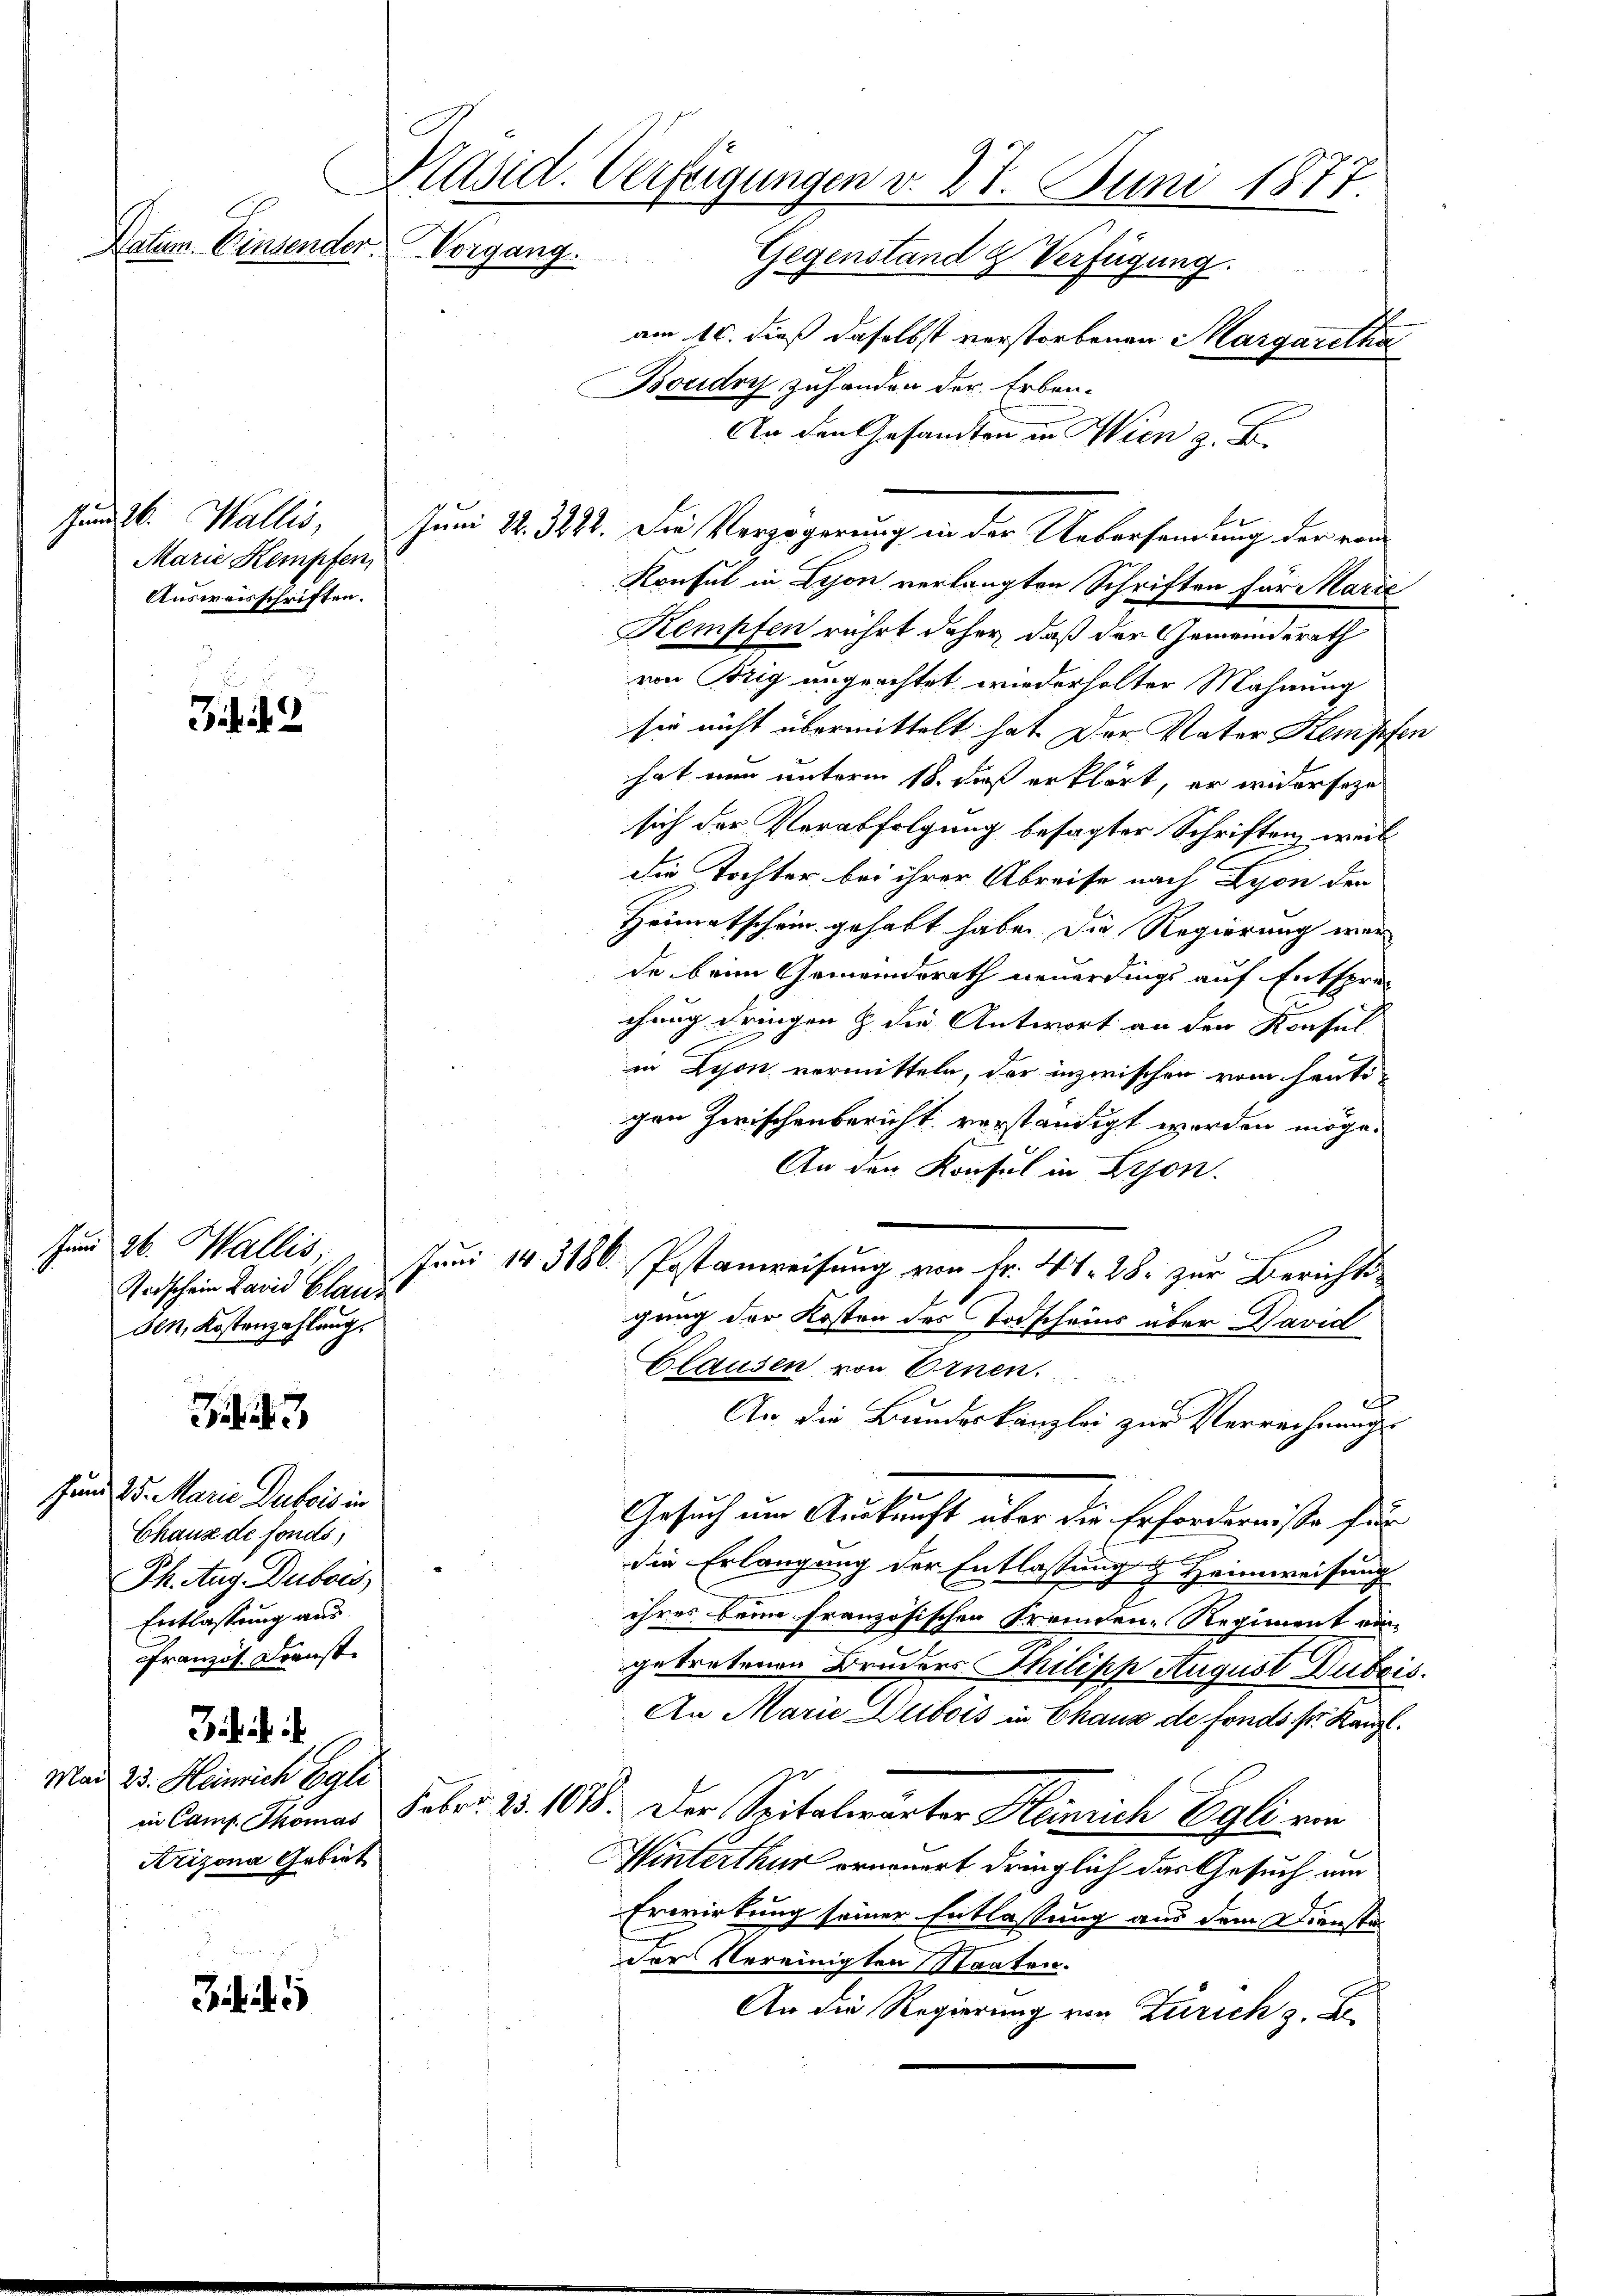
Vatum. Einsender Vorgang.

Sandb. Wallis,
Marie Kempfen,
Ausweisschriften.

f 12

Todschein Land Glanz
sen, Kostenzahlung.

323

Jund 25. Marie Dubois in
Chaus de fonds,
Ph. Aug. Dubois,
Entlassung aus
Französ. Dienst

Mad. 25. Heinrich Egli
Arizona Gebiet

1

Präsid. Verfügungen v. 27. Juni 1877.
Gegenstand & Verfügung.
am 16. dieß daselbst verstorbenen Margaretha

Boudry zuhanden der Erben¬
An den Gesandten in Wien z. B.
Juni 22. 3222. Die Verzögerung in der Uebersamung der von
Konsul in Lyon verlangten Schriften für Marie
Kempfen rührt daher, daß der Gemeindsrath
von Brig ungeachtet wiederholten Mahnung
sie nicht übermittelt hat. Der Vater Kempfen
hat nun unterm 18. daß erklärt, er widersehe
sich der Verabfolgung besagter Schriften, weil
die Tochter bei ihrer Abreise nach Lyon der
Heimatschein gehabt habe. Die Regierung wer
de beim Gemeindsrath neuerdings auf Entsprec
chung dringen Z. die Antwort an den Konsul
in Lyon vermitteln, der inzwischen vom heuti
gen Zwischenbericht verständigt werden möge.
An den Konsul in Lyon.
hr 26. Wallis, Juni 143186. Postanweisung von Fr. 441. 28. zur Berichts
gung der Kosten des Todscheins über David
Clausen von Ernen.
1
An die Bundeskanzlei zur Verrechnungs¬
Gesuch um Auskunft über die Erforderniße für
die Erlangung der Entlassung & Heimweisung
2
ihres beim französischen Fremden-Regiment ein-
getretenen Bruders Philipp August Dubois
An Marie Weibois in Chaus de fonds sr. Kanzl.
in Comp. Thomas Febr. 25. 1078. Der Seitalwärter Heinrich Egli ein
Winterthur erneuert dringlich das Gesuch um
Erwirkung seiner Entlassung aus dem Dienste
der Vereinigten Staaten.
An die Regierung von Zürich z. B.

1